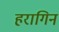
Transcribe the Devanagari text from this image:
हरागिन